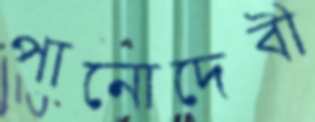
পানোদেবী